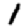
Digit: 1